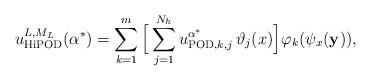
LaTeX: \begin{align*}u_{{\rm HiPOD}}^{L, M_L}(\alpha^*)=\displaystyle \sum_{k=1}^{m} \Big[ \sum_{j=1}^{N_h} {u}_{{\rm POD}, k, j}^{\alpha^*}\, \vartheta_j(x) \Big] \varphi_k(\psi_x({\bf y})),\end{align*}